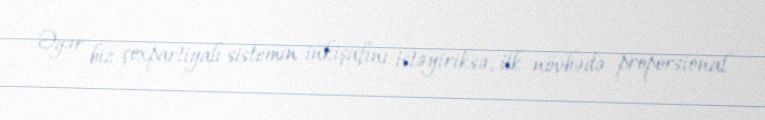
Əgər biz çoxpartiyalı sistemin inkişafını istəyiriksə, ilk növbədə proporsional